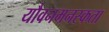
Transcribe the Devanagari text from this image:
यौवनमनस्कता